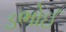
ડભોઈ